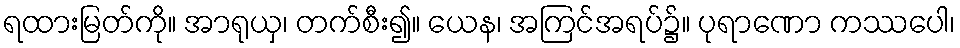
ရထားမြတ်ကို။ အာရုယှ၊ တက်စီး၍။ ယေန၊ အကြင်အရပ်၌။ ပုရာဏော ကဿပေါ၊